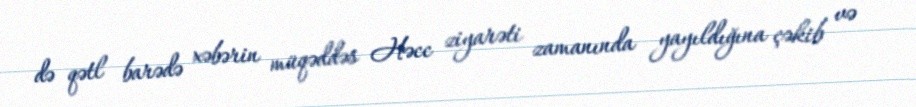
də qətl barədə xəbərin müqəddəs Həcc ziyarəti zamanında yayıldığına çəkib və